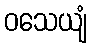
ဝသေယျံ